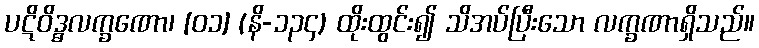
ပဋိဝိဒ္ဓလက္ခဏော၊ [၀၁] (နိ-၁၃၄) ထိုးထွင်း၍ သိအပ်ပြီးသော လက္ခဏာရှိသည်။